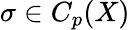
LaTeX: \sigma\in C_{p}(X)